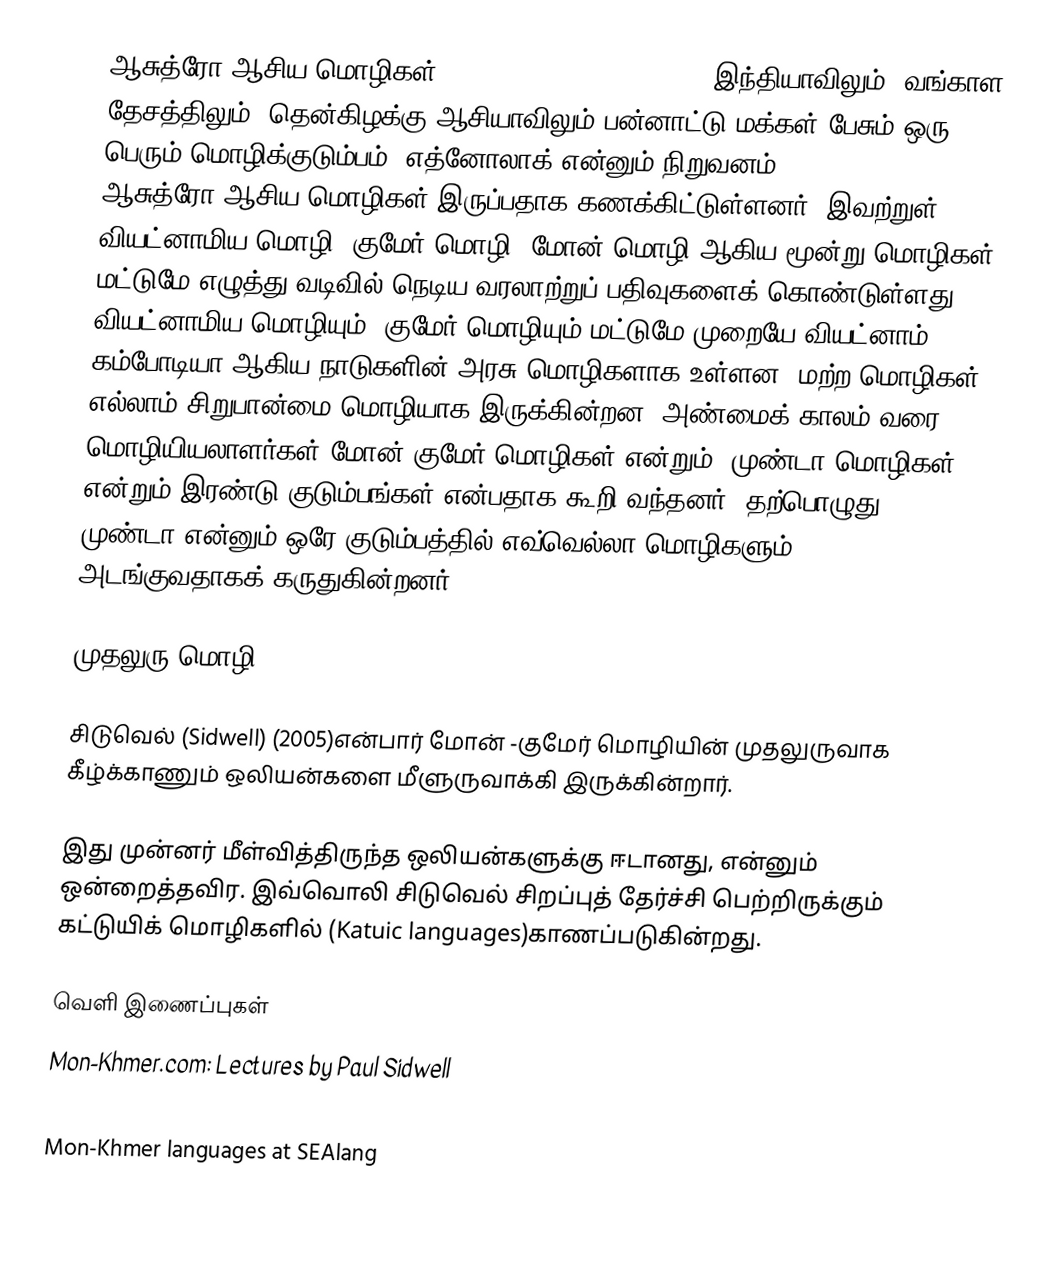
ஆசுத்ரோ-ஆசிய மொழிகள் (Austro-Asiatic languages) இந்தியாவிலும், வங்காள தேசத்திலும், தென்கிழக்கு ஆசியாவிலும் பன்னாட்டு மக்கள் பேசும் ஒரு பெரும் மொழிக்குடும்பம். எத்னோலாக் என்னும் நிறுவனம் 168 ஆசுத்ரோ-ஆசிய மொழிகள் இருப்பதாக கணக்கிட்டுள்ளனர். இவற்றுள் வியட்னாமிய மொழி, குமேர் மொழி, மோன் மொழி ஆகிய மூன்று மொழிகள் மட்டுமே எழுத்து வடிவில் நெடிய வரலாற்றுப் பதிவுகளைக் கொண்டுள்ளது. வியட்னாமிய மொழியும், குமேர் மொழியும் மட்டுமே முறையே வியட்னாம், கம்போடியா ஆகிய நாடுகளின் அரசு மொழிகளாக உள்ளன. மற்ற மொழிகள் எல்லாம் சிறுபான்மை மொழியாக இருக்கின்றன. அண்மைக் காலம் வரை மொழியியலாளர்கள் மோன்-குமேர் மொழிகள் என்றும், முண்டா மொழிகள் என்றும் இரண்டு குடும்பங்கள் என்பதாக கூறி வந்தனர், தற்பொழுது முண்டா என்னும் ஒரே குடும்பத்தில் எவ்வெல்லா மொழிகளும் அடங்குவதாகக் கருதுகின்றனர்.

முதலுரு மொழி

சிடுவெல் (Sidwell) (2005)என்பார் மோன் -குமேர் மொழியின் முதலுருவாக கீழ்க்காணும் ஒலியன்களை மீளுருவாக்கி இருக்கின்றார்.

இது முன்னர் மீள்வித்திருந்த ஒலியன்களுக்கு ஈடானது,  என்னும் ஒன்றைத்தவிர. இவ்வொலி சிடுவெல் சிறப்புத் தேர்ச்சி பெற்றிருக்கும் கட்டுயிக் மொழிகளில் (Katuic languages)காணப்படுகின்றது.

வெளி இணைப்புகள்
Mon-Khmer.com: Lectures by Paul Sidwell
Ethnologue classification
Mon-Khmer languages at SEAlang